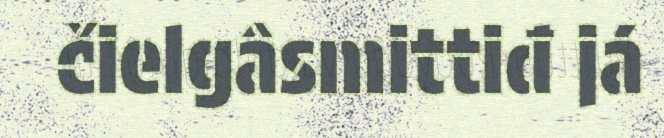
čielgâsmittiđ já